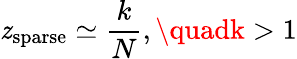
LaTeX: \mathit{z}_{\mathrm{{sparse}}}\simeq\frac{{k}}{{N}},\quadk>1